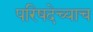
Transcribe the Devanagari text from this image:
परिषदेच्याच